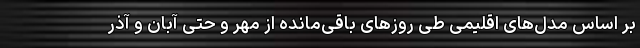
بر اساس مدل‌های اقلیمی طی روزهای باقی‌مانده از مهر و حتی آبان و آذر